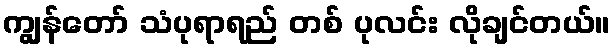
ကျွန်တော် သံပုရာရည် တစ် ပုလင်း လိုချင်တယ်။